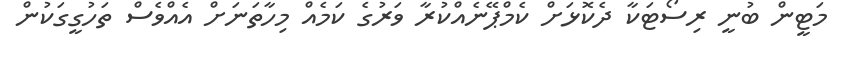
މަޓީން ބުނީ ރިސޯޓަކާ ދެކޮޅަށް ކެމްޕޭނެއްކުރާ ވަރުގެ ކަމެއް މިހާތަނަށް އެއްވެސް ތަހުގީގަކުން